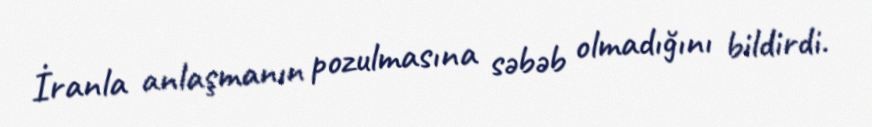
İranla anlaşmanın pozulmasına səbəb olmadığını bildirdi.